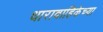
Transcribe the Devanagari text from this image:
धारावाहिकेच्या